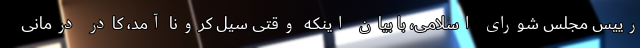
رییس مجلس شورای اسلامی، با بیان اینکه وقتی سیل کرونا آمد، کادر درمانی